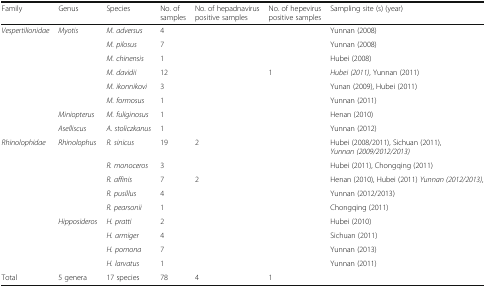
| Family | Genus | Species | No. of samples | No. of hepadnavirus positive samples | No. of hepevirus positive samples | Sampling site (s) (year) |
 | --- | --- | --- | --- | --- | --- | --- |
 | <ROWSPAN=8> Vespertilionidae | <ROWSPAN=6> Myotis | M. adversus | 4 |  |  | Yunnan (2008) |
 | M. pilosus | 7 |  |  | Yunnan (2008) |
 | M. chinensis | 1 |  |  | Hubei (2008) |
 | M. davidii | 12 |  | 1 | Hubei (2011), Yunnan (2011) |
 | M. ikonnikovi | 3 |  |  | Yunan (2009), Hubei (2011) |
 | M. formosus | 1 |  |  | Yunnan (2011) |
 | Miniopterus | M. fuliginosus | 1 |  |  | Henan (2010) |
 | Aselliscus | A. stoliczkanus | 1 |  |  | Yunnan (2012) |
 | <ROWSPAN=9> Rhinolophidae | <ROWSPAN=5> Rhinolophus | R. sinicus | 19 | 2 |  | Hubei (2008/2011), Sichuan (2011),Yunnan (2009/2012/2013) |
 | R. monoceros | 3 |  |  | Hubei (2011), Chongqing (2011) |
 | R. affinis | 7 | 2 |  | Henan (2010), Hubei (2011) Yunnan (2012/2013), |
 | R. pusillus | 4 |  |  | Yunnan (2012/2013) |
 | R. pearsonii | 1 |  |  | Chongqing (2011) |
 | <ROWSPAN=4> Hipposideros | H. pratti | 2 |  |  | Hubei (2010) |
 | H. armiger | 4 |  |  | Sichuan (2011) |
 | H. pomona | 7 |  |  | Yunnan (2013) |
 | H. larvatus | 1 |  |  | Yunnan (2011) |
 | Total | 5 genera | 17 species | 78 | 4 | 1 |  |